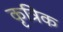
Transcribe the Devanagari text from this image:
कृत्रिक